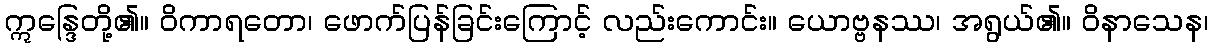
ဣန္ဒြေတို့၏။ ဝိကာရတော၊ ဖောက်ပြန်ခြင်းကြောင့် လည်းကောင်း။ ယောဗ္ဗနဿ၊ အရွယ်၏။ ဝိနာသေန၊